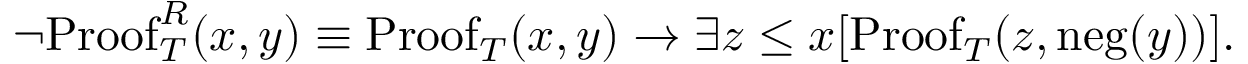
\lnot \mathrm { P r o o f } _ { T } ^ { R } ( x , y ) \equiv \mathrm { P r o o f } _ { T } ( x , y ) \to \exists z \leq x [ \mathrm { P r o o f } _ { T } ( z , \mathrm { n e g } ( y ) ) ] .